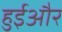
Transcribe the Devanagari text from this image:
हुईऔर